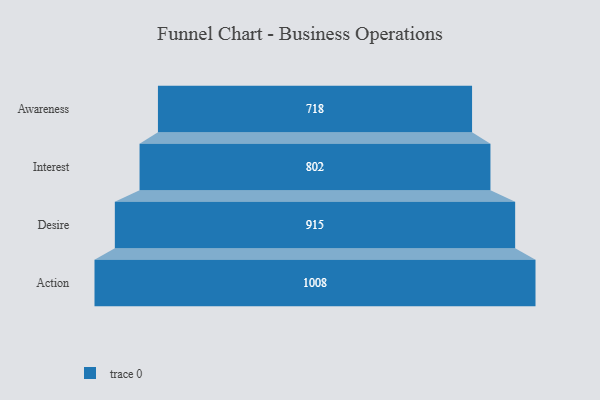
{"axis": {"x": "Stage", "y": "Value"}, "legend": [""], "data": [{"x": "Awareness", "y": 718.0, "type": ""}, {"x": "Interest", "y": 802.0, "type": ""}, {"x": "Desire", "y": 915.0, "type": ""}, {"x": "Action", "y": 1008.0, "type": ""}]}